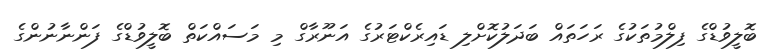
ބޮލީވުޑްގެ ފިލްމުތަކުގެ ރަހަތައް ބަދަލުކޮށްލި ޑައިރެކްޓަރުގެ އަނޫރާގް މި މަސައްކަތް ބޮލީވުޑްގެ ފަންނާނުންގެ